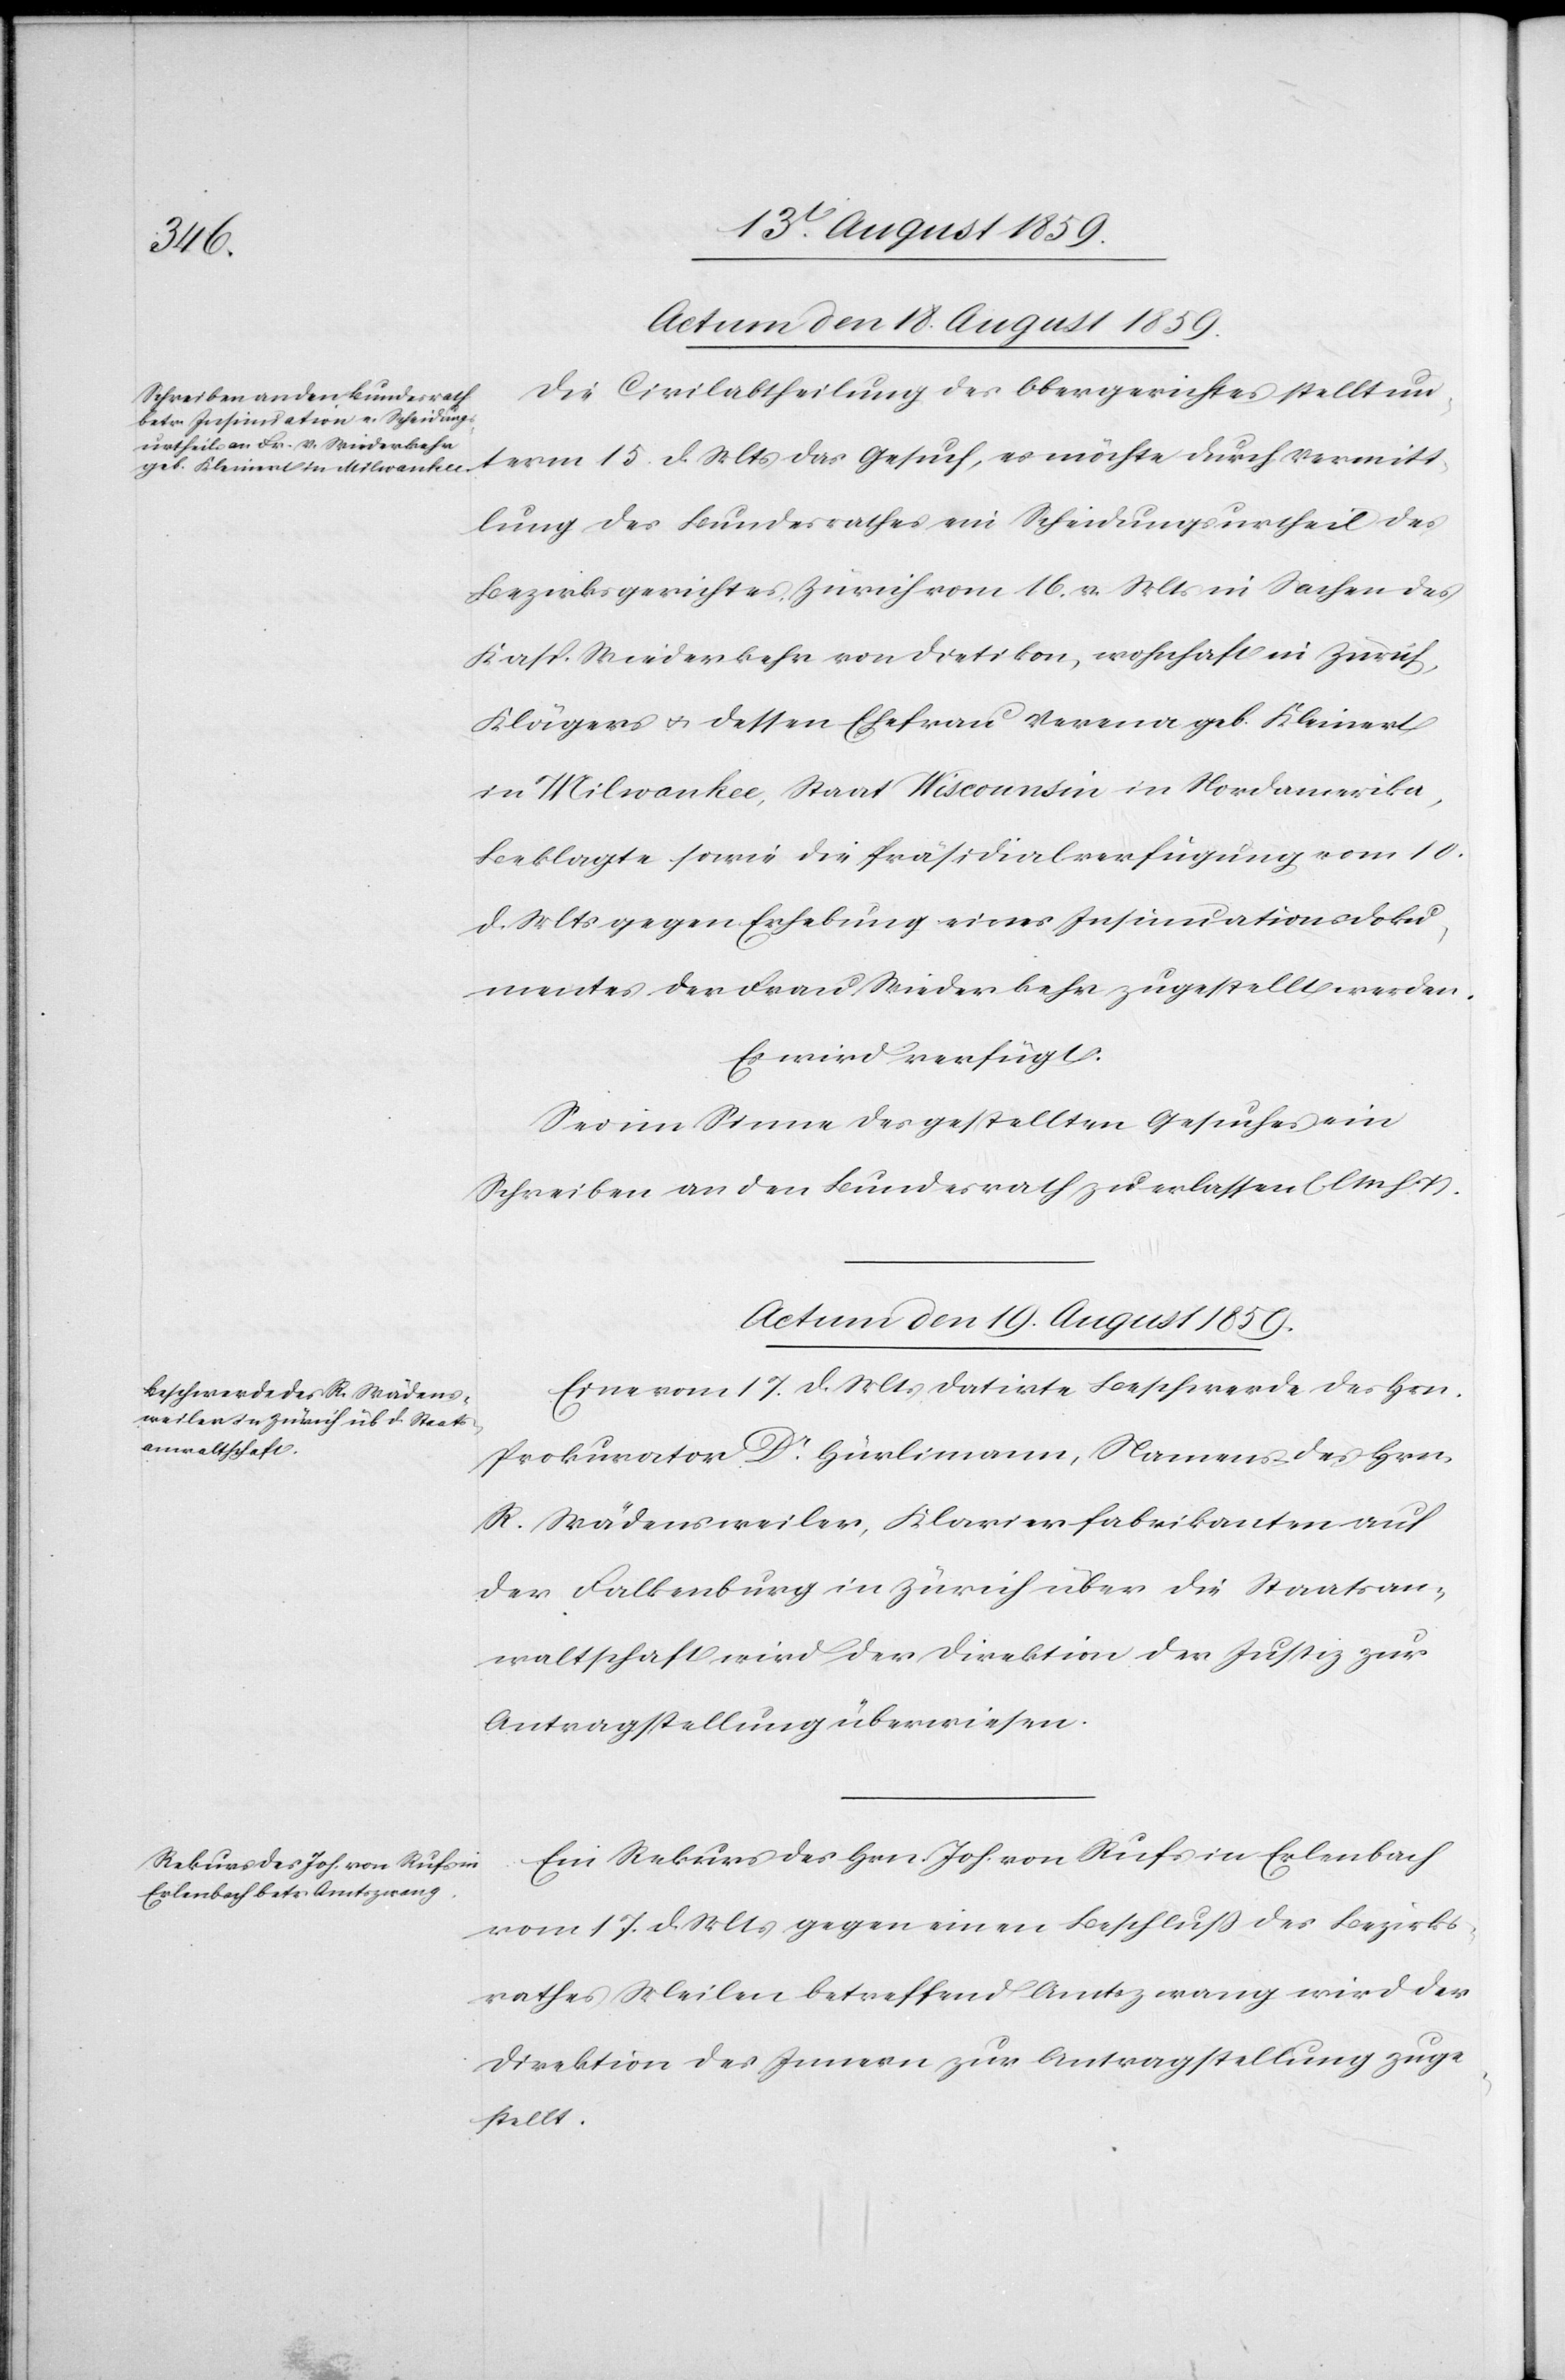
Actum den 18. August 1859.
Die Civilabtheilung des Obergerichtes stellt un¬
term 15. d. Mts. das Gesuch, es möchte durch Vermitt¬
lung des Bundesrathes ein Scheidungsurtheil des
Bezirksgerichtes Zürich vom 16. v. Mts. in Sachen des
Kasp. Wiederkehr von Dietikon, wohnhaft in Zürich,
Klägers u. dessen Ehefrau Verena geb. Kleinert
in Milwaukee, Staat Wisconsin in Nordamerika,
Beklagte sowie die Präsidialverfügung vom 10.
d. Mts. gegen Erhebung eines Insinuationsdoku¬
mentes der Frau Wiederkehr zugestellt werden.
Es wird verfügt:
Sei im Sinne des gestellten Gesuches ein
Schreiben an den Bundesrath zu erlassen. (l. M. h. T.).
Actum den 19. August 1859.]
Eine vom 17. d. Mts. datirte Beschwerde des Hrn.
Prokurator Dr. Hürlimann, Namens des Hrn.
R. Wädensweiler, Klavierfabrikanten auf
der Falkenburg in Zürich über die Staatsan¬
waltschaft wird der Direktion der Justiz zur
Antragstellung überwiesen.
Ein Rekurs des Hrn. Joh. von Rufs in Erlenbach
vom 17. d. Mts. gegen einen Beschluß des Bezirks¬
rathes Meilen betreffend Amtszwang wird der
Direktion des Innern zur Antragstellung zuge¬
stellt.